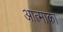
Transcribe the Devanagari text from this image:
आत्माका